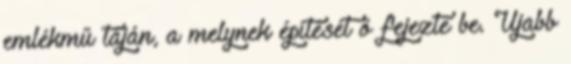
emlékmű táján, a melynek építését ő fejezte be. Ujabb